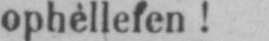
ophéllefen!